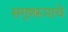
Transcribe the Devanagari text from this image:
सगुणरूपाचे